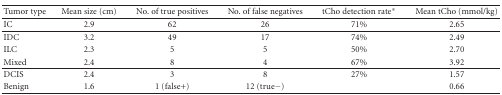
<table><thead><tr><td><b> Tumor type</b></td><td><b>Mean size (cm)</b></td><td><b>No. of true positives</b></td><td><b>No. of false negatives</b></td><td><b>tCho detection rate*</b></td><td><b>Mean tCho (mmol/kg)</b></td></tr></thead><tbody><tr><td>IC</td><td>2.9</td><td>62</td><td>26</td><td>71%</td><td>2.65</td></tr><tr><td>IDC</td><td>3.2</td><td>49</td><td>17</td><td>74%</td><td>2.49</td></tr><tr><td>ILC</td><td>2.3</td><td>5</td><td>5</td><td>50%</td><td>2.70</td></tr><tr><td>Mixed</td><td>2.4</td><td>8</td><td>4</td><td>67%</td><td>3.92</td></tr><tr><td>DCIS</td><td>2.4</td><td>3</td><td>8</td><td>27%</td><td>1.57</td></tr><tr><td>Benign</td><td>1.6</td><td>1 (false+)</td><td>12 (true−)</td><td></td><td>0.66</td></tr></tbody></table>